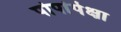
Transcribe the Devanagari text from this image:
पोपांपेक्षा